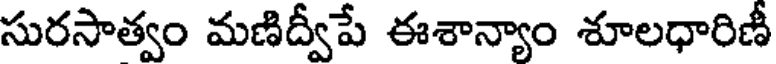
సురసాత్వం మణిద్వీపే ఈశాన్యాం శూలధారిణీ